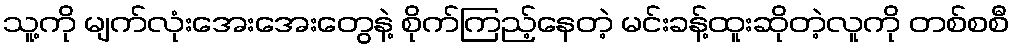
သူ့ကို မျက်လုံးအေးအေးတွေနဲ့ စိုက်ကြည့်နေတဲ့ မင်းခန့်ထူးဆိုတဲ့လူကို တစ်စစီ